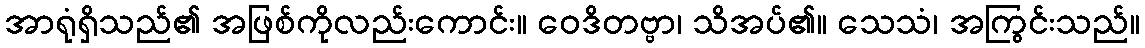
အာရုံရှိသည်၏ အဖြစ်ကိုလည်းကောင်း။ ဝေဒိတဗ္ဗာ၊ သိအပ်၏။ သေသံ၊ အကြွင်းသည်။